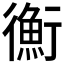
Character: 𢖍